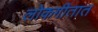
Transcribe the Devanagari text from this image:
लोकगीतात